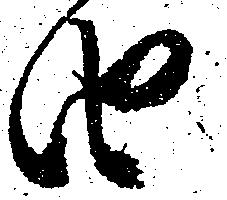
由